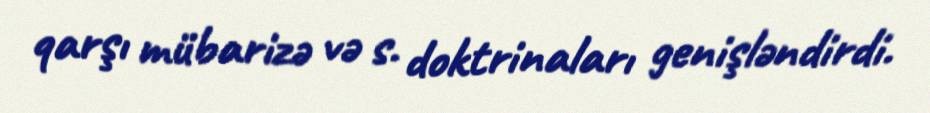
qarşı mübarizə və s. doktrinaları genişləndirdi.